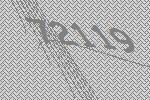
72119